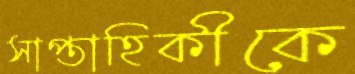
সাপ্তাহিকীকে